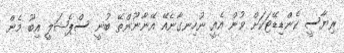
ރިޔާސީ ކެންޑިޑޭޓަކަށް ވުން އެއީ ނުހިނގާނެއޭ އޭނާނޫންތޭ ބުނީ ސްޕެޝަލީ އިބޫ މެން